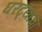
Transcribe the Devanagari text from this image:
घरट्याचा